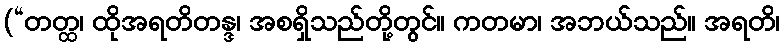
(“တတ္ထ၊ ထိုအရတိတန္ဒ၊ အစရှိသည်တို့တွင်။ ကတမာ၊ အဘယ်သည်။ အရတိ၊